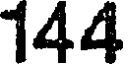
144